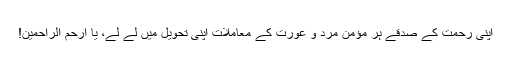
اپنی رحمت کے صدقے ہر مؤمن مرد و عورت کے معاملات اپنی تحویل میں لے لے، یا ارحم الراحمین!